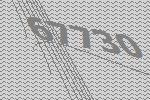
67730